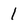
Character: 1